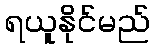
ရယူနိုင်မည်